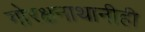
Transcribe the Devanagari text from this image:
गोरक्षनाथानीही